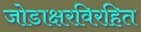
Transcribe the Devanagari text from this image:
जोडाक्षरविरहित